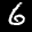
Label: 6